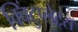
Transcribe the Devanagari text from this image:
क्विंटुप्लेट्स